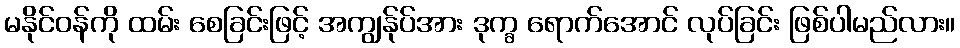
မနိုင်ဝန်ကို ထမ်း စေခြင်းဖြင့် အကျွန်ုပ်အား ဒုက္ခ ရောက်အောင် လုပ်ခြင်း ဖြစ်ပါမည်လား။